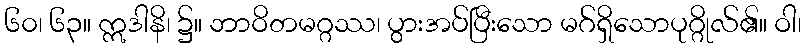
၆၀၊ ၆၃။ ဣဒါနိ၊ ၌။ ဘာဝိတမဂ္ဂဿ၊ ပွားအပ်ပြီးသော မဂ်ရှိသောပုဂ္ဂိုလ်၏။ ဝါ၊